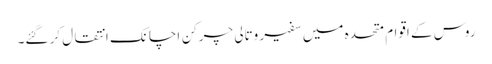
روس کے اقوام متحدہ میں سفیر وتالی چرکِن اچانک انتقال کر گئے۔